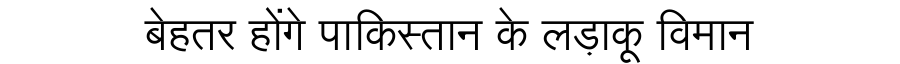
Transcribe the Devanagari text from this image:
बेहतर होंगे पाकिस्तान के लड़ाकू विमान